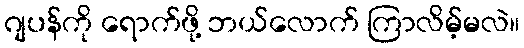
ဂျပန်ကို ရောက်ဖို့ ဘယ်လောက် ကြာလိမ့်မလဲ။